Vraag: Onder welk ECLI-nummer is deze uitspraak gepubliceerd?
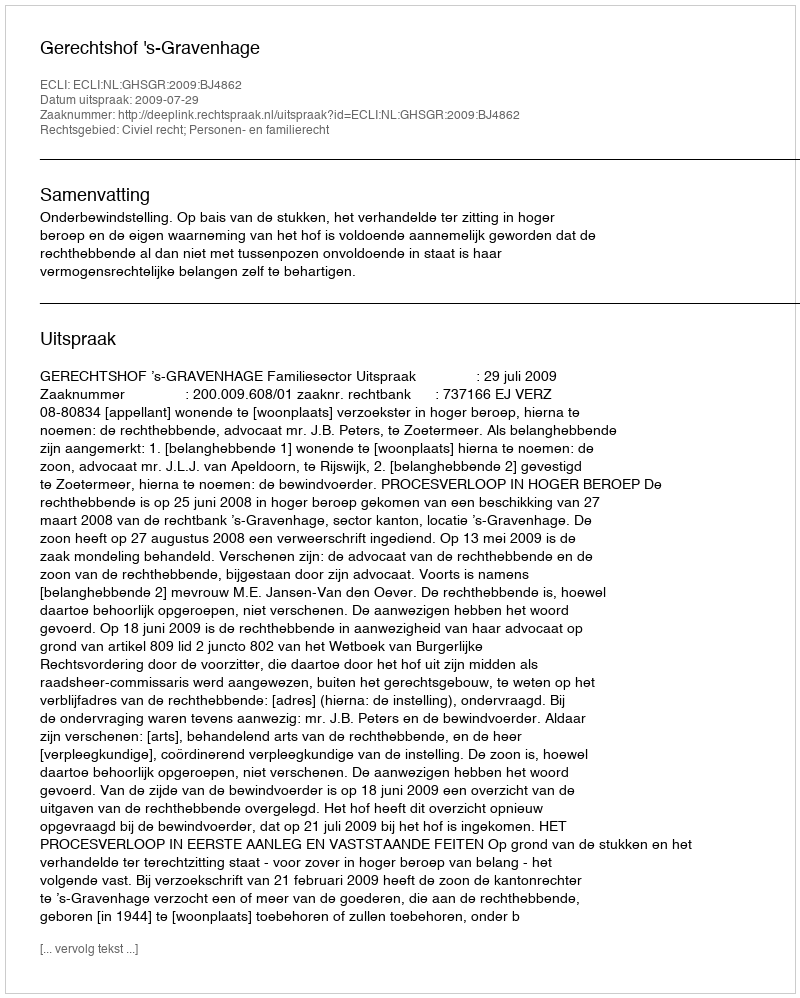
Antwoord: ECLI:NL:GHSGR:2009:BJ4862